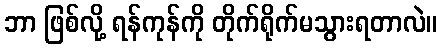
ဘာ ဖြစ်လို့ ရန်ကုန်ကို တိုက်ရိုက်မသွားရတာလဲ။